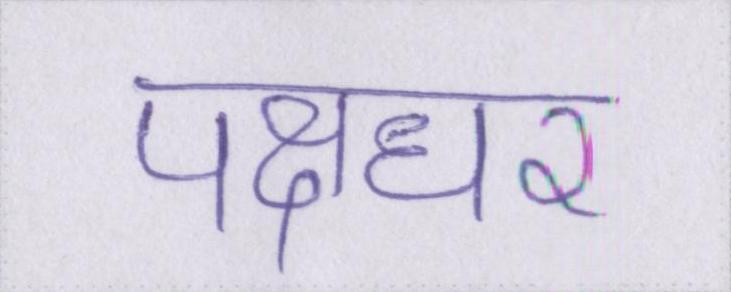
पक्षधर